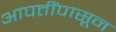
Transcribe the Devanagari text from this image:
आपत्तींपासून